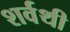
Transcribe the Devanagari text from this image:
शर्वथी